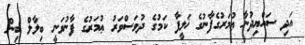
އަދި ސައްޔިދުނާ ޢުމަރުގެފާނުގެ ޚަލީފާ ކަމުގެ ދުވަސްވަރު ޢުމަރުގެ ފާނުވަނީ ބިލާލް ބިން